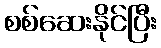
စစ်ဆေးနိုင်ပြီး